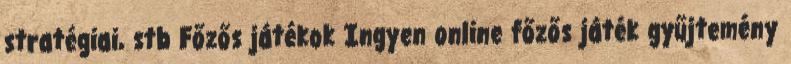
stratégiai, stb Főzős játékok Ingyen online főzős játék gyűjtemény